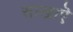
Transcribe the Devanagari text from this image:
साखाऎ